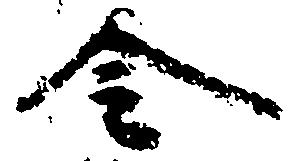
令